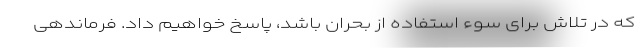
که در تلاش برای سوء استفاده از بحران باشد، پاسخ خواهیم داد. فرماندهی